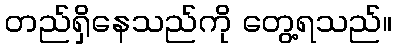
တည်ရှိနေသည်ကို တွေ့ရသည်။